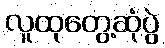
လူထုတွေ့ဆုံပွဲ